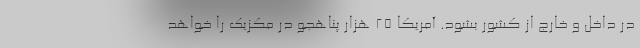
در داخل و خارج از کشور بشود. آمریکا 25 هزار پناهجو در مکزیک را خواهد